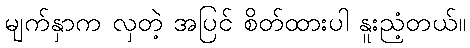
မျက်နှာက လှတဲ့ အပြင် စိတ်ထားပါ နူးညံ့တယ်။